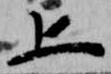
上